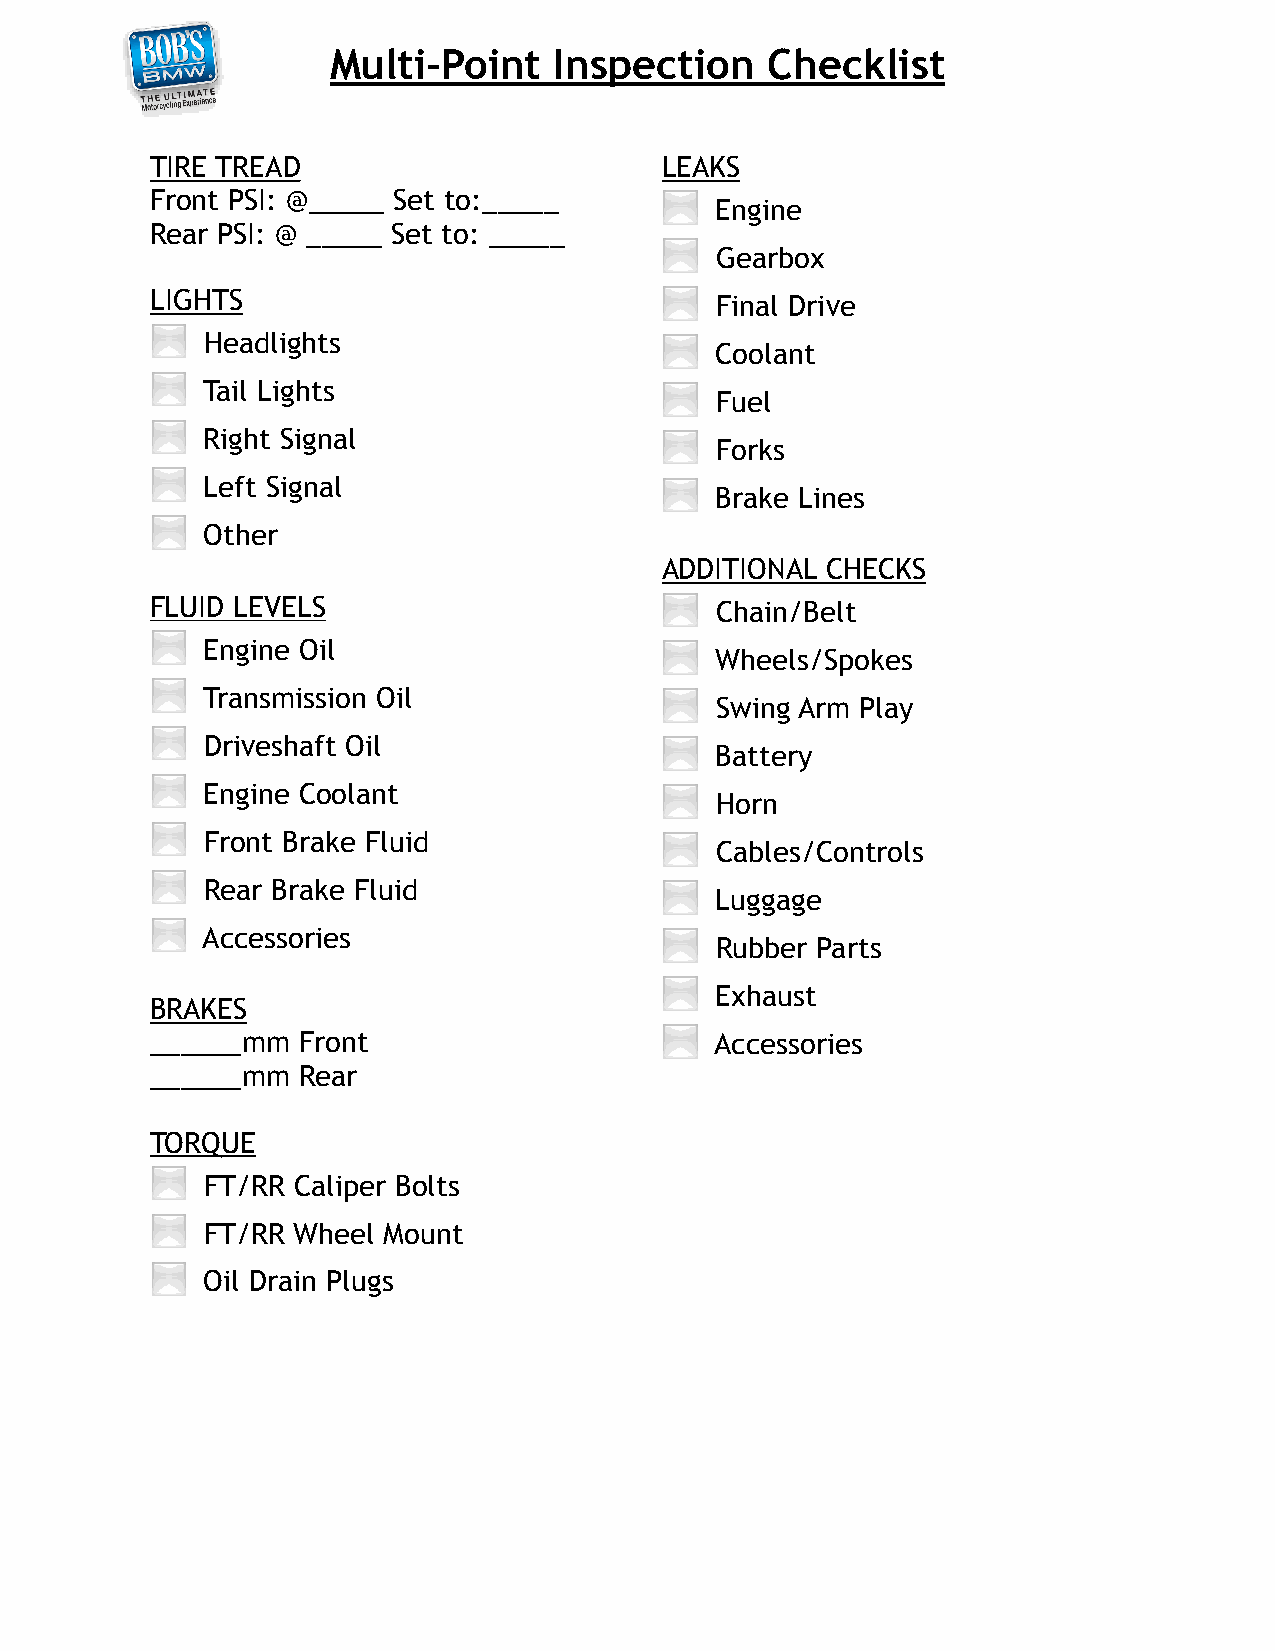
Multi-Point    Inspection    Checklist
 TIRE TREAD                        LEAKS
 Front PSI: @_____ Set to:_____
 ⬜  Engine
 Rear PSI: @ _____ Set to: _____
 !
 ⬜  Gearbox
 LIGHTS                            ⬜  Final Drive
 ⬜   Headlights
 ⬜  Coolant
 ⬜  Tail Lights
 ⬜  Fuel
 ⬜   Right Signal
 ⬜  Forks
 ⬜   Left Signal
 ⬜  Brake Lines
 !
 ⬜   Other
 !
 ADDITIONAL CHECKS
 FLUID LEVELS                      ⬜  Chain/Belt
 ⬜   Engine Oil
 ⬜  Wheels/Spokes
 ⬜  Transmission Oil
 ⬜  Swing Arm Play
 ⬜   Driveshaft Oil
 ⬜  Battery
 ⬜   Engine Coolant
 ⬜  Horn
 ⬜   Front Brake Fluid
 ⬜  Cables/Controls
 ⬜   Rear Brake Fluid
 ⬜  Luggage
 ⬜  Accessories
 ⬜  Rubber Parts
 !
 ⬜  Exhaust
 BRAKES
 ______mm  Front                   ⬜  Accessories
 ______mm  Rear
 !
 TORQUE
 ⬜   FT/RR Caliper Bolts
 ⬜   FT/RR Wheel Mount
 ⬜   Oil Drain Plugs
 !
 !
 !
 !
 !